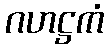
ဂဟဋ္ဌကံ